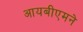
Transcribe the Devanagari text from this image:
आयबीएमने